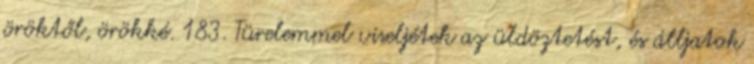
öröktől, örökké. 183. Türelemmel viseljétek az üldöztetést, és álljatok